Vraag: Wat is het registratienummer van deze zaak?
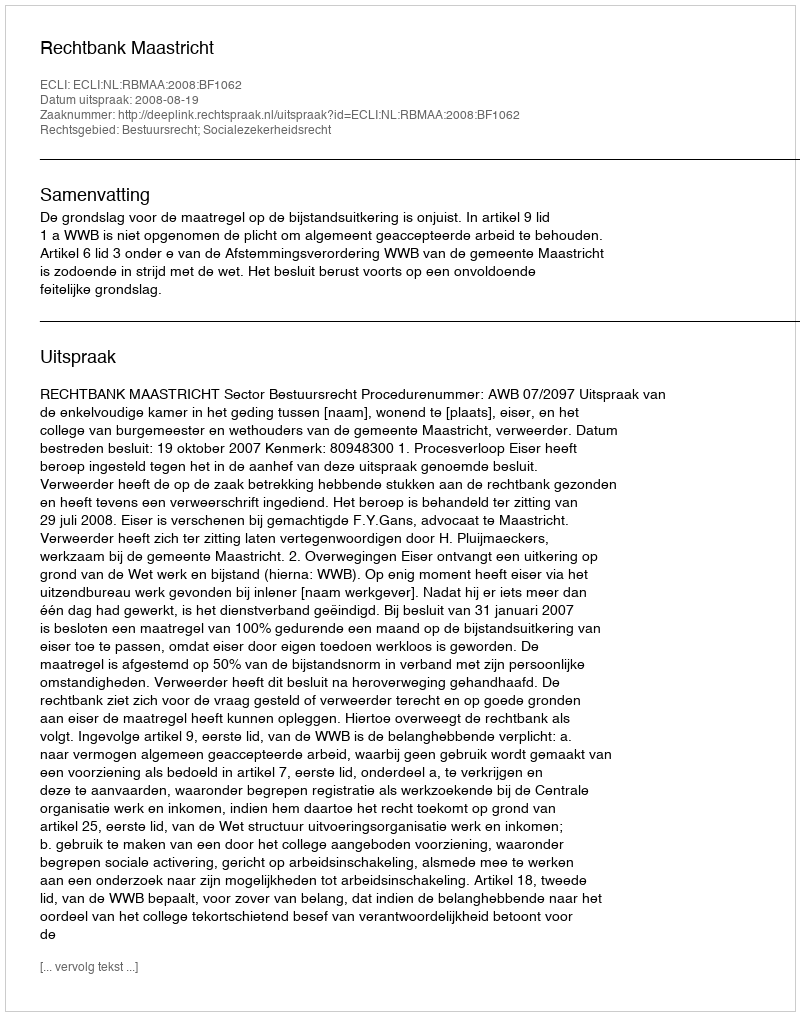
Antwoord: http://deeplink.rechtspraak.nl/uitspraak?id=ECLI:NL:RBMAA:2008:BF1062